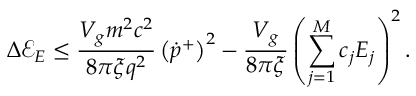
\Delta \mathcal { E } _ { E } \leq \frac { V _ { g } m ^ { 2 } c ^ { 2 } } { 8 \pi \xi q ^ { 2 } } \left( \dot { p } ^ { + } \right) ^ { 2 } - \frac { V _ { g } } { 8 \pi \xi } \left( \sum _ { j = 1 } ^ { M } c _ { j } E _ { j } \right) ^ { 2 } .